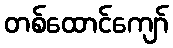
တစ်ထောင်ကျော်